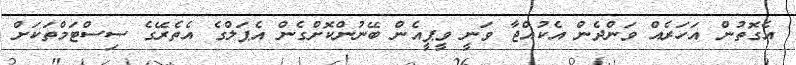
އެގޮތުން އަހަރެއް ވަންދެން އެކުއްޖާ ވަނީ ވީޕީއެން ބޭނުންކޮށްގެން އެޕަލްގެ އެތެރޭގެ ސިސްޓަމްތަކަށް